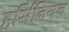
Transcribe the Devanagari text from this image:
हर्सिनियन